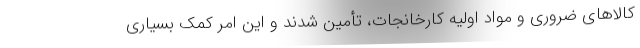
کالاهای ضروری و مواد اولیه کارخانجات، تأمین شدند و این امر کمک بسیاری